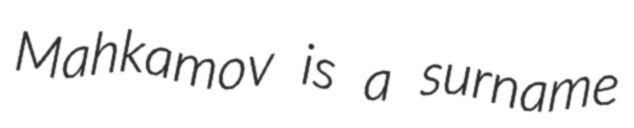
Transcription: Mahkamov is a surname